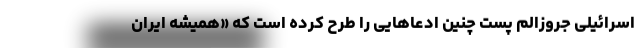
اسرائیلی جروزالم پست چنین ادعاهایی را طرح کرده است که «همیشه ایران